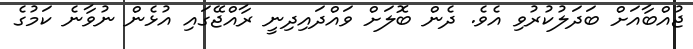
ޖުއްބާއަށް ބަދަލުކުރުވި އެވެ. ދެން ބޮލަށް ވައްދައިދިނީ ރާއްޖޭގައި އުޅެން ނުވާނެ ކަމުގެ